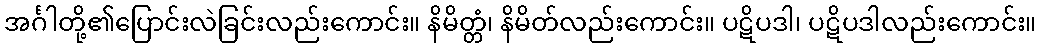
အင်္ဂါတို့၏ပြောင်းလဲခြင်းလည်းကောင်း။ နိမိတ္တံ၊ နိမိတ်လည်းကောင်း။ ပဋိပဒါ၊ ပဋိပဒါလည်းကောင်း။